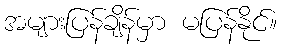
အများပြန်ချိန်မှာ မပြန်နိုင်။